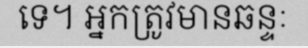
ទេ។ អ្នកត្រូវមានឆន្ទៈ